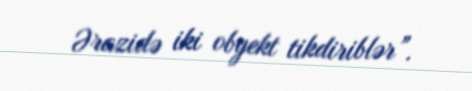
Ərazidə iki obyekt tikdiriblər”.